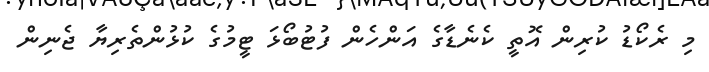
މި ރެކޯޑު ކުރިން އޮތީ ކެނެޑާގެ އަންހެން ފުޓުބޯޅަ ޓީމުގެ ކުޅުންތެރިޔާ ޖެނިން